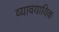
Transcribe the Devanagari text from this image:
व्‍यावयायिक